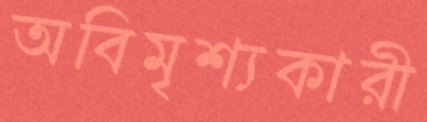
অবিমৃশ্যকারী